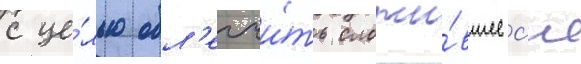
с це́лью обл'егчи́ть сложи́вшеес'я